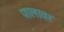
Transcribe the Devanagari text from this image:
पालावर